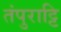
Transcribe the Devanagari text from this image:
तंपुराट्टि